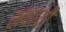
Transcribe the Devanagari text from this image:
मचायौ